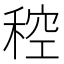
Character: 䅝